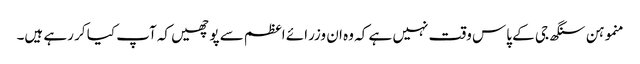
منموہن سنگھ جی کے پاس وقت نہیں ہے کہ وہ ان وزرائے اعظم سے پوچھیں کہ آپ کیا کر رہے ہیں۔